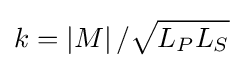
k=\left|M\right|/{\sqrt {L_{P}L_{S}}}